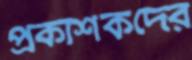
প্রকাশকদের